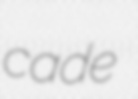
cade